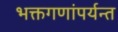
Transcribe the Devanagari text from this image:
भक्तगणांपर्यन्त